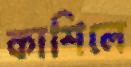
কাশিলে